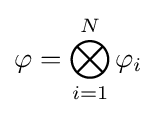
\varphi =\bigotimes _{i=1}^{N}\varphi _{i}